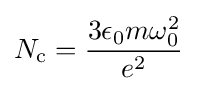
N_{\mathrm {c} }={\frac {3\epsilon _{0}m\omega _{0}^{2}}{e^{2}}}